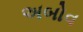
અબોવ